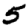
Digit: 5